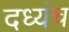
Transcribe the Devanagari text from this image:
दध्यंच